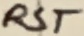
Text: RST